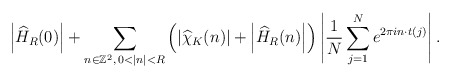
\begin{align*}\left\vert \widehat{H}_{R}(0)\right\vert +\sum_{n\in\mathbb{Z}^{2},\,0<|n|<R}\left( \left\vert \widehat{\chi}_{K}(n)\right\vert +\left\vert\widehat{H}_{R}(n)\right\vert \right) \left\vert \frac{1}{N}\sum_{j=1}^{N}e^{2\pi in\cdot t(j)}\right\vert. \end{align*}